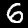
Label: 6